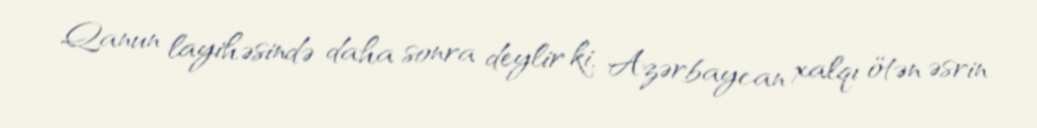
Qanun layihəsində daha sonra deylir ki, Azərbaycan xalqı ötən əsrin